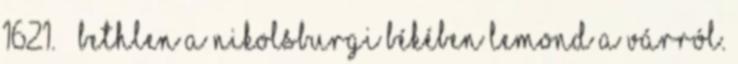
1621. – Bethlen a Nikolsburgi békében lemond a várról.